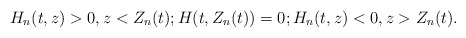
\begin{align*}H_n(t,z)>0,z<Z_n(t);H(t,Z_n(t))=0;H_n(t,z)<0,z>Z_n(t).\end{align*}